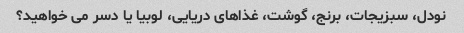
نودل، سبزیجات، برنج، گوشت، غذاهای دریایی، لوبیا یا دسر می خواهید؟